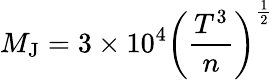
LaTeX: M_{\mathrm{J}}=3\times 10^{4}\left({\frac{T^{3}}{n}}\right)^{\frac{1}{2}}